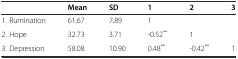
<table><thead><tr><td></td><td><b>Mean</b></td><td><b>SD</b></td><td><b>1</b></td><td><b>2</b></td><td><b>3</b></td></tr></thead><tbody><tr><td>1. Rumination</td><td>61.67</td><td>7.89</td><td>1</td><td></td><td></td></tr><tr><td>2. Hope</td><td>32.73</td><td>3.71</td><td>-0.52<sup>**</sup></td><td>1</td><td></td></tr><tr><td>3. Depression</td><td>58.08</td><td>10.90</td><td>0.48<sup>**</sup></td><td>-0.42<sup>**</sup></td><td>1</td></tr></tbody></table>